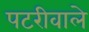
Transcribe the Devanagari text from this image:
पटरीवाले